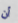
أن